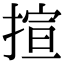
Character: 揎